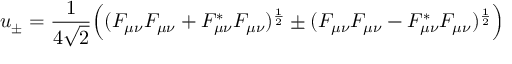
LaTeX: u _ { \pm } = \frac { 1 } { 4 \sqrt { 2 } } \Big ( ( F _ { \mu \nu } F _ { \mu \nu } + F _ { \mu \nu } ^ { * } F _ { \mu \nu } ) ^ { \frac { 1 } { 2 } } \pm ( F _ { \mu \nu } F _ { \mu \nu } - F _ { \mu \nu } ^ { * } F _ { \mu \nu } ) ^ { \frac { 1 } { 2 } } \Big )